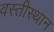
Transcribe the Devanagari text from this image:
वस्तीस्थान